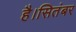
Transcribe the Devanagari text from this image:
है।सितंबर